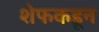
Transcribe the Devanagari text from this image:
शेफकडून